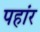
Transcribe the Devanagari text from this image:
पहांर